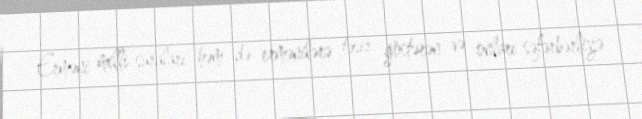
Erməni milli şuraları həm də ermənilərə təsir göstərən və onları səfərbərliyə